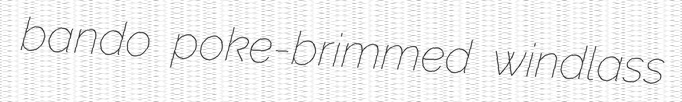
bando poke-brimmed windlass